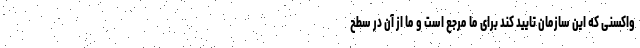
واکسنی که این سازمان تایید کند برای ما مرجع است و ما از آن در سطح